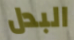
البدل